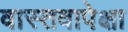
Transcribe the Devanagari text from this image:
वास्तवापेक्षा